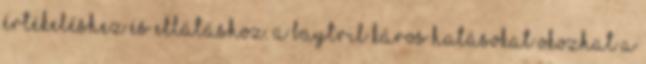
értékeléshez és ellátáshoz. A Baytril káros hatásokat okozhat a